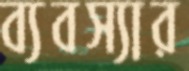
ব্যবস্যার